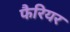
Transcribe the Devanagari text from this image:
फैरियर